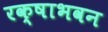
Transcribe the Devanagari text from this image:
रक्षाभवन